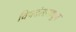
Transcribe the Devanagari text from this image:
विषदंतामधून